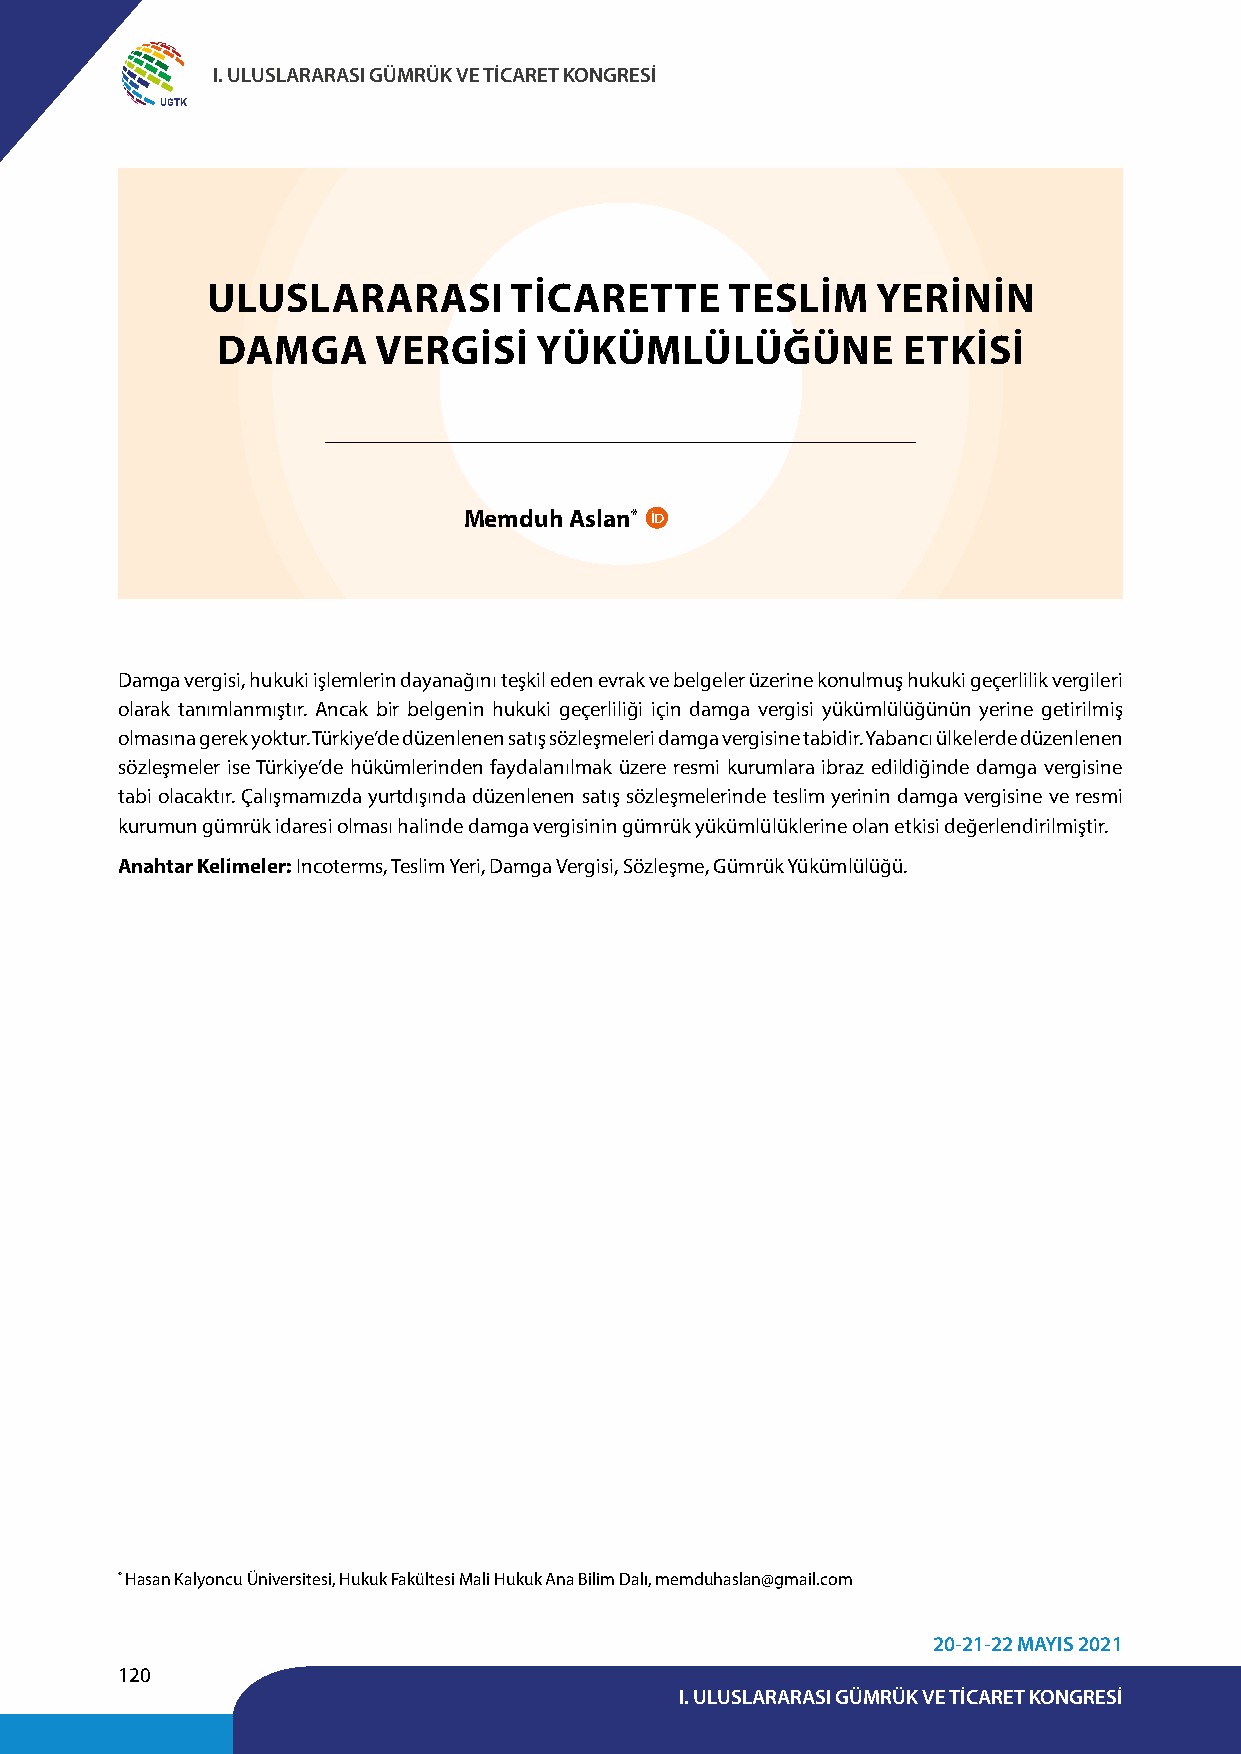
I. ULUSLARARASI GÜMRÜK VE TİCARET KONGRESİ
 UGTK
 ULUSLARARASI        TİCARETTE     TESLİM    YERİNİN
 DAMGA      VERGİSİ   YÜKÜMLÜLÜĞÜNE            ETKİSİ
 Memduh Aslan*
 Damga vergisi, hukuki işlemlerin dayanağını teşkil eden evrak ve belgeler üzerine konulmuş hukuki geçerlilik vergileri
 olarak tanımlanmıştır. Ancak bir belgenin hukuki geçerliliği için damga vergisi yükümlülüğünün yerine getirilmiş
 olmasına gerek yoktur. Türkiye’de düzenlenen satış sözleşmeleri damga vergisine tabidir. Yabancı ülkelerde düzenlenen
 sözleşmeler ise Türkiye’de hükümlerinden faydalanılmak üzere resmi kurumlara ibraz edildiğinde damga vergisine
 tabi olacaktır. Çalışmamızda yurtdışında düzenlenen satış sözleşmelerinde teslim yerinin damga vergisine ve resmi
 kurumun gümrük idaresi olması halinde damga vergisinin gümrük yükümlülüklerine olan etkisi değerlendirilmiştir.
 Anahtar Kelimeler: Incoterms, Teslim Yeri, Damga Vergisi, Sözleşme, Gümrük Yükümlülüğü.
 * Hasan Kalyoncu Üniversitesi, Hukuk Fakültesi Mali Hukuk Ana Bilim Dalı, memduhaslan@gmail.com
 20-21-22 MAYIS 2021
 120
 I. ULUSLARARASI GÜMRÜK VE TİCARET KONGRESİ